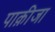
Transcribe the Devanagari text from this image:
पाक़ीजा